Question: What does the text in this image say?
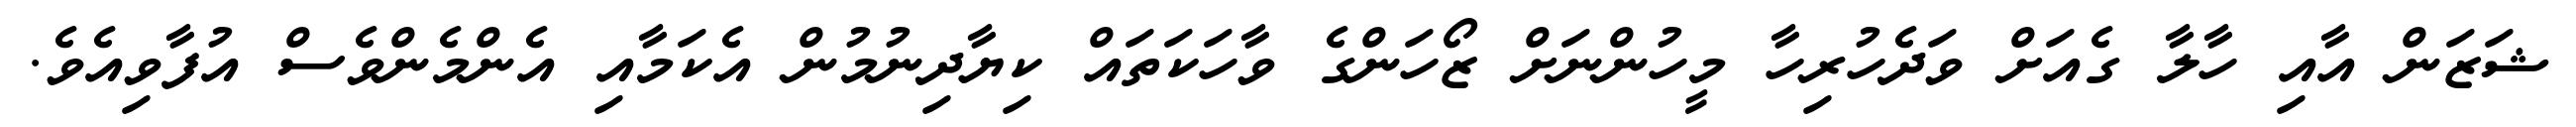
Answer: ޝަޒަން އާއި ހާލާ ގެއަށް ވަދެހުރިހާ މީހުންނަށް ޒޯހަންގެ ވާހަކަތައް ކިޔާދިނުމުން އެކަމާއި އެންމެންވެސް އުފާވިއެވެ.